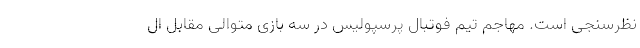
نظرسنجی است. مهاجم تیم فوتبال پرسپولیس در سه بازی متوالی مقابل ال